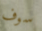
سوف